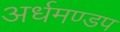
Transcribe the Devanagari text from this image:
अर्धमण्डप